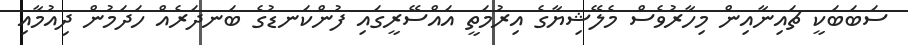
ސަބަބަކީ ޗައިނާއިން މިހާރުވެސް މެލޭޝިޔާގެ އިރުމަތީ އައްސޭރީގައި ފުންކަނޑުގެ ބަނދަރެއް ހަދަމުން ދިއުމާއި